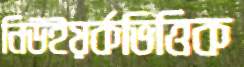
নিউইয়র্কভিত্তিক